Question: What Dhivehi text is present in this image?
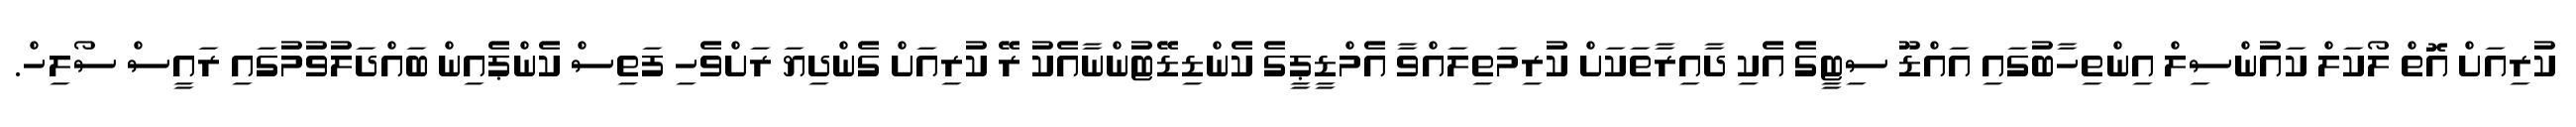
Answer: ކުރިއަށް އޮތް ލޯކަލް ކައުންސިލް އިންތިހާބުގައި އައްޑޫ ސިޓީގެ އެކި ދާއިރާތަކަށް ކުރިމަތިލައްވާ އެމްޑީޕީގެ ކެންޑިޑޭޓުންނާއެކު ރޭ ކުރިއަށް ގެންދިޔަ ރަށްވެހި ފަތިސް ކެންޕެއިން ބައްދަލުވުމުގައި ރައީސް ސޯލިހް.